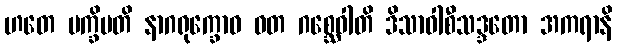
ဟတေ ပက္ခိပတိ နာဂရုက္ခောဝ ဝတ ဂစ္ဆေဝါတိ ဒိသာဝါစီသဒ္ဒတော အကရာနိ